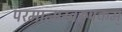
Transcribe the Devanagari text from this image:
परमात्मस्वरूपकम्